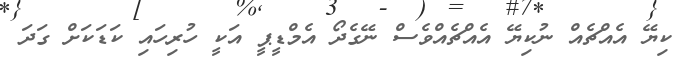
ކިޔޭ އެއްޗެއް ނުކިޔޭ އެއްޗެއްވެސް ނޭގެދޯ އެމްޑީޕީ އަކީ ހުރިހައި ކަޑަކަށް ގަދަ